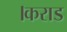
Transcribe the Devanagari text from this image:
।कराड